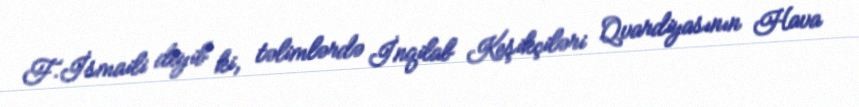
F.İsmaili deyib ki, təlimlərdə İnqilab Keşikçiləri Qvardiyasının Hava